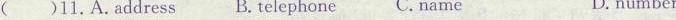
( )11.A.Address B.Telephone C. Name D. number